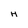
Character: H